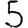
Digit: 5